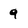
Character: 9